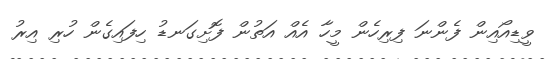
ވީޑިއޯއިން ފެންނަ ފިރިހެން މީހާ އެއް އަތުން ފޮށިގަނޑު ހިފައިގެން ހުރި އިރު